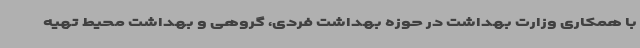
با همکاری وزارت بهداشت در حوزه بهداشت فردی، گروهی و بهداشت محیط تهیه